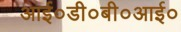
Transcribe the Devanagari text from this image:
आई०डी०बी०आई०